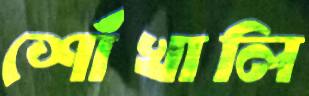
শোঁখালি